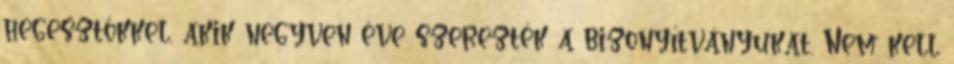
hegesztőkkel, akik negyven éve szerezték a bizonyítványukat. Nem kell